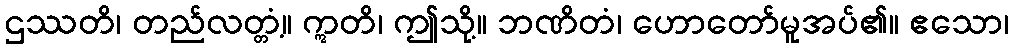
ဌဿတိ၊ တည်လတ္တံ့။ ဣတိ၊ ဤသို့။ ဘဏိတံ၊ ဟောတော်မူအပ်၏။ ဧသော၊